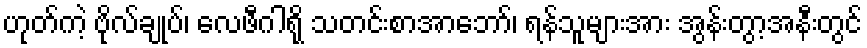
ဟုတ်ကဲ့ ဗိုလ်ချုပ်၊ လေဖီဂါရို သတင်းစာအာဘော်၊ ရန်သူများအား အွန်းတွာ့အနီးတွင်